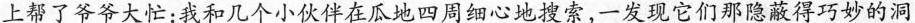
上帮了爷爷大忙：我和几个小伙伴在瓜地四周细心地搜索，一发现它们那隐蔽得巧妙的洞